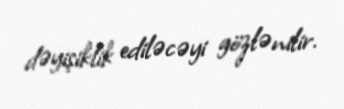
dəyişiklik ediləcəyi gözlənilir.